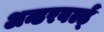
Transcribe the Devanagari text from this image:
अन्डरवर्ल्ड्